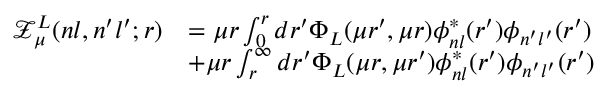
\begin{array} { r l } { \mathcal { Z } _ { \mu } ^ { L } ( n l , n ^ { \prime } l ^ { \prime } ; r ) } & { = \mu r \int _ { 0 } ^ { r } d r ^ { \prime } \Phi _ { L } ( \mu r ^ { \prime } , \mu r ) \phi _ { n l } ^ { * } ( r ^ { \prime } ) \phi _ { n ^ { \prime } l ^ { \prime } } ( r ^ { \prime } ) } \\ & { + \mu r \int _ { r } ^ { \infty } d r ^ { \prime } \Phi _ { L } ( \mu r , \mu r ^ { \prime } ) \phi _ { n l } ^ { * } ( r ^ { \prime } ) \phi _ { n ^ { \prime } l ^ { \prime } } ( r ^ { \prime } ) } \end{array}